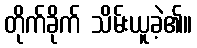
တိုက်ခိုက် သိမ်းယူခဲ့၏။